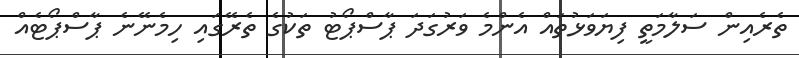
ތެރެއިން ސަލާމަތީ ފިޔަވަޅުތައް އެންމެ ވަރުގަދަ ޕާސްޕޯޓު ތަކުގެ ތެރޭގައި ހިމެނޭނެ ޕާސްޕޯޓެއް